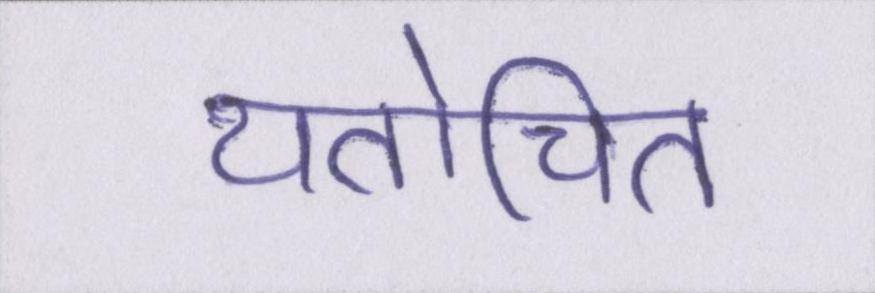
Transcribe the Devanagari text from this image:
यतोचित